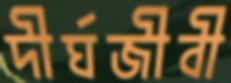
দীর্ঘজীবী